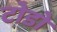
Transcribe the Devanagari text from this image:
टोडो